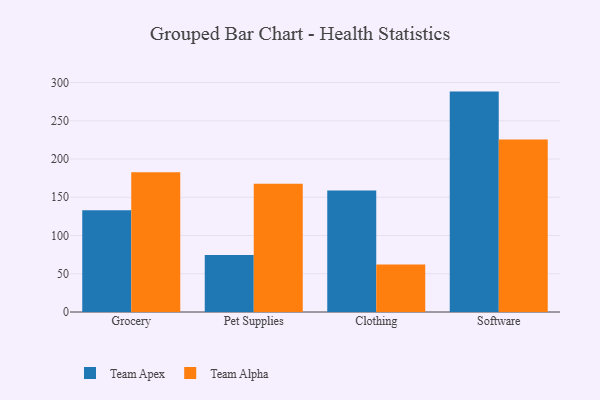
{"axis": {"x": "Category", "y": "Customer Acquisition Cost (USD)"}, "legend": ["Team Alpha", "Team Apex"], "data": [{"x": "Grocery", "y": 132.9, "type": "Team Apex"}, {"x": "Grocery", "y": 182.7, "type": "Team Alpha"}, {"x": "Pet Supplies", "y": 74.6, "type": "Team Apex"}, {"x": "Pet Supplies", "y": 167.8, "type": "Team Alpha"}, {"x": "Clothing", "y": 158.9, "type": "Team Apex"}, {"x": "Clothing", "y": 62.0, "type": "Team Alpha"}, {"x": "Software", "y": 288.1, "type": "Team Apex"}, {"x": "Software", "y": 225.6, "type": "Team Alpha"}]}